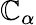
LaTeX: \mathbb{C}_{\alpha}